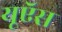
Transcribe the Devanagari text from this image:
यूऍस